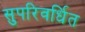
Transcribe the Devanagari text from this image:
सुपरिवर्धित